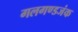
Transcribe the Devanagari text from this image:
गलगण्डजंक